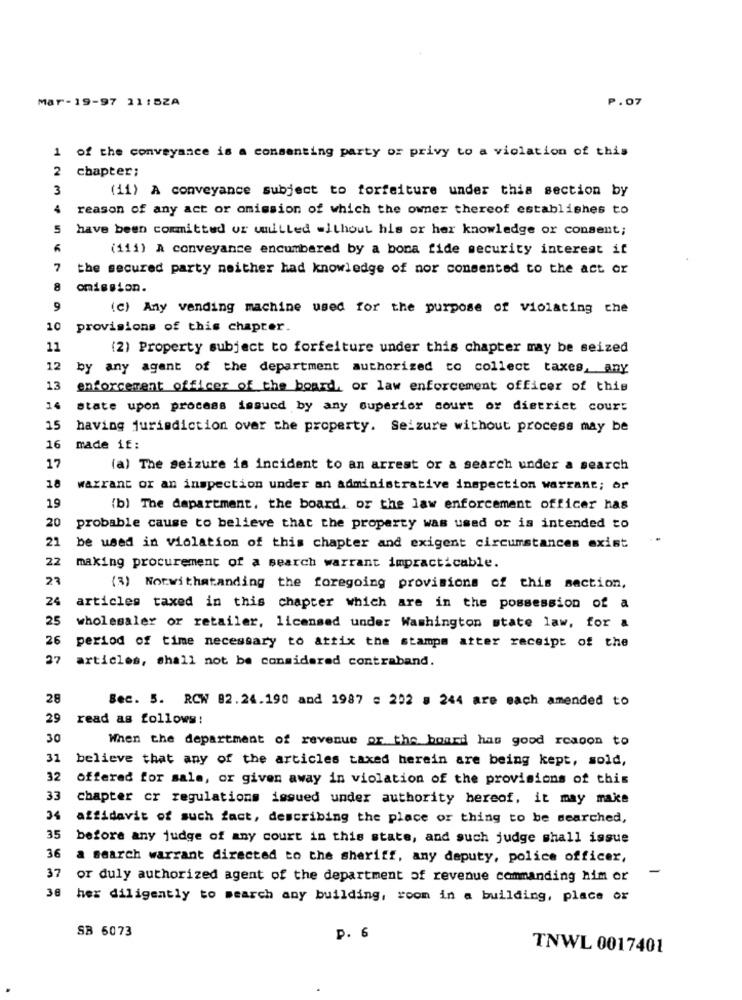
Mar-19-97 11:5ZA
P.07
1 of the conveyance is a consenting party or privy to a violation of this
2
chapter;
3
(11) A conveyance subject to forfeiture under this section by
4
reason of any act or omission of which the owner thereof establishes to
5
have been committed or wulLled without his or her knowledge or consent;
(111) A conveyance encumbered by a bona fide security interest it
7
the secured party neither had knowledge of nor consented to the act or
8
omission.
9
(c) Any vending machine used for the purpose of violating che
10 provisions of this chapter.
11
(2) Property subject to forfeiture under this chapter may be seized
12
by any agent of the department authorized to collect taxes, any
13
enforcement officer of the board, or law enforcement officer of this
state upon process issued by any superior court or district court
15
having jurisdiction over the property. Seizure without process may be
16
made if:
17
(a) The seizure is incident to an arrest or a search under a search
18
warrant or an inspection under an administrative inspection warrant; or
19
(b) The department, the board, or the law enforcement officer has
20
probable cause to believe that the property was used or is intended to
21
be used in violation of this chapter and exigent circumstances exist
22
making procurement of a search warrant impracticable.
23
(3) Norwithstanding the foregoing provisions of this section,
24
articles taxed in this chapter which are in the possession of a
25
wholesaler or retailer, licensed under Washington state law, for a
26
period of time necessary to attix the stamps atter receipt of the
27
articles, shall not be considered contraband.
Sec. 5. RCW 82.24.190 and 1987 : 202 # 244 are each amended to
29
read as follows!
30
When the department of revenue or the board has good reason to
31
believe that any of the articles taxed herein are being kept, sold,
32
offered for sale, or given away in violation of the provisions of this
33
chapter cr regulations issued under authority hereof, it may make
34
affidavit of such fact, describing the place or thing to be searched,
35
before any judge of any court in this state, and such judge shall issue
36
a search warrant directed to the sheriff, any deputy, police officer,
37
-
or duly authorized agent of the department of revenue commanding him or
38
her diligently to search any building, room in a building, place or
SB 6073
p. 6
TNWL 0017401